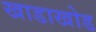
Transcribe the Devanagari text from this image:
खाडाखोड